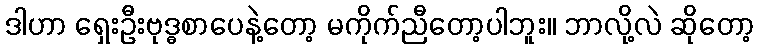
ဒါဟာ ရှေးဦးဗုဒ္ဓစာပေနဲ့တော့ မကိုက်ညီတော့ပါဘူး။ ဘာလို့လဲ ဆိုတော့